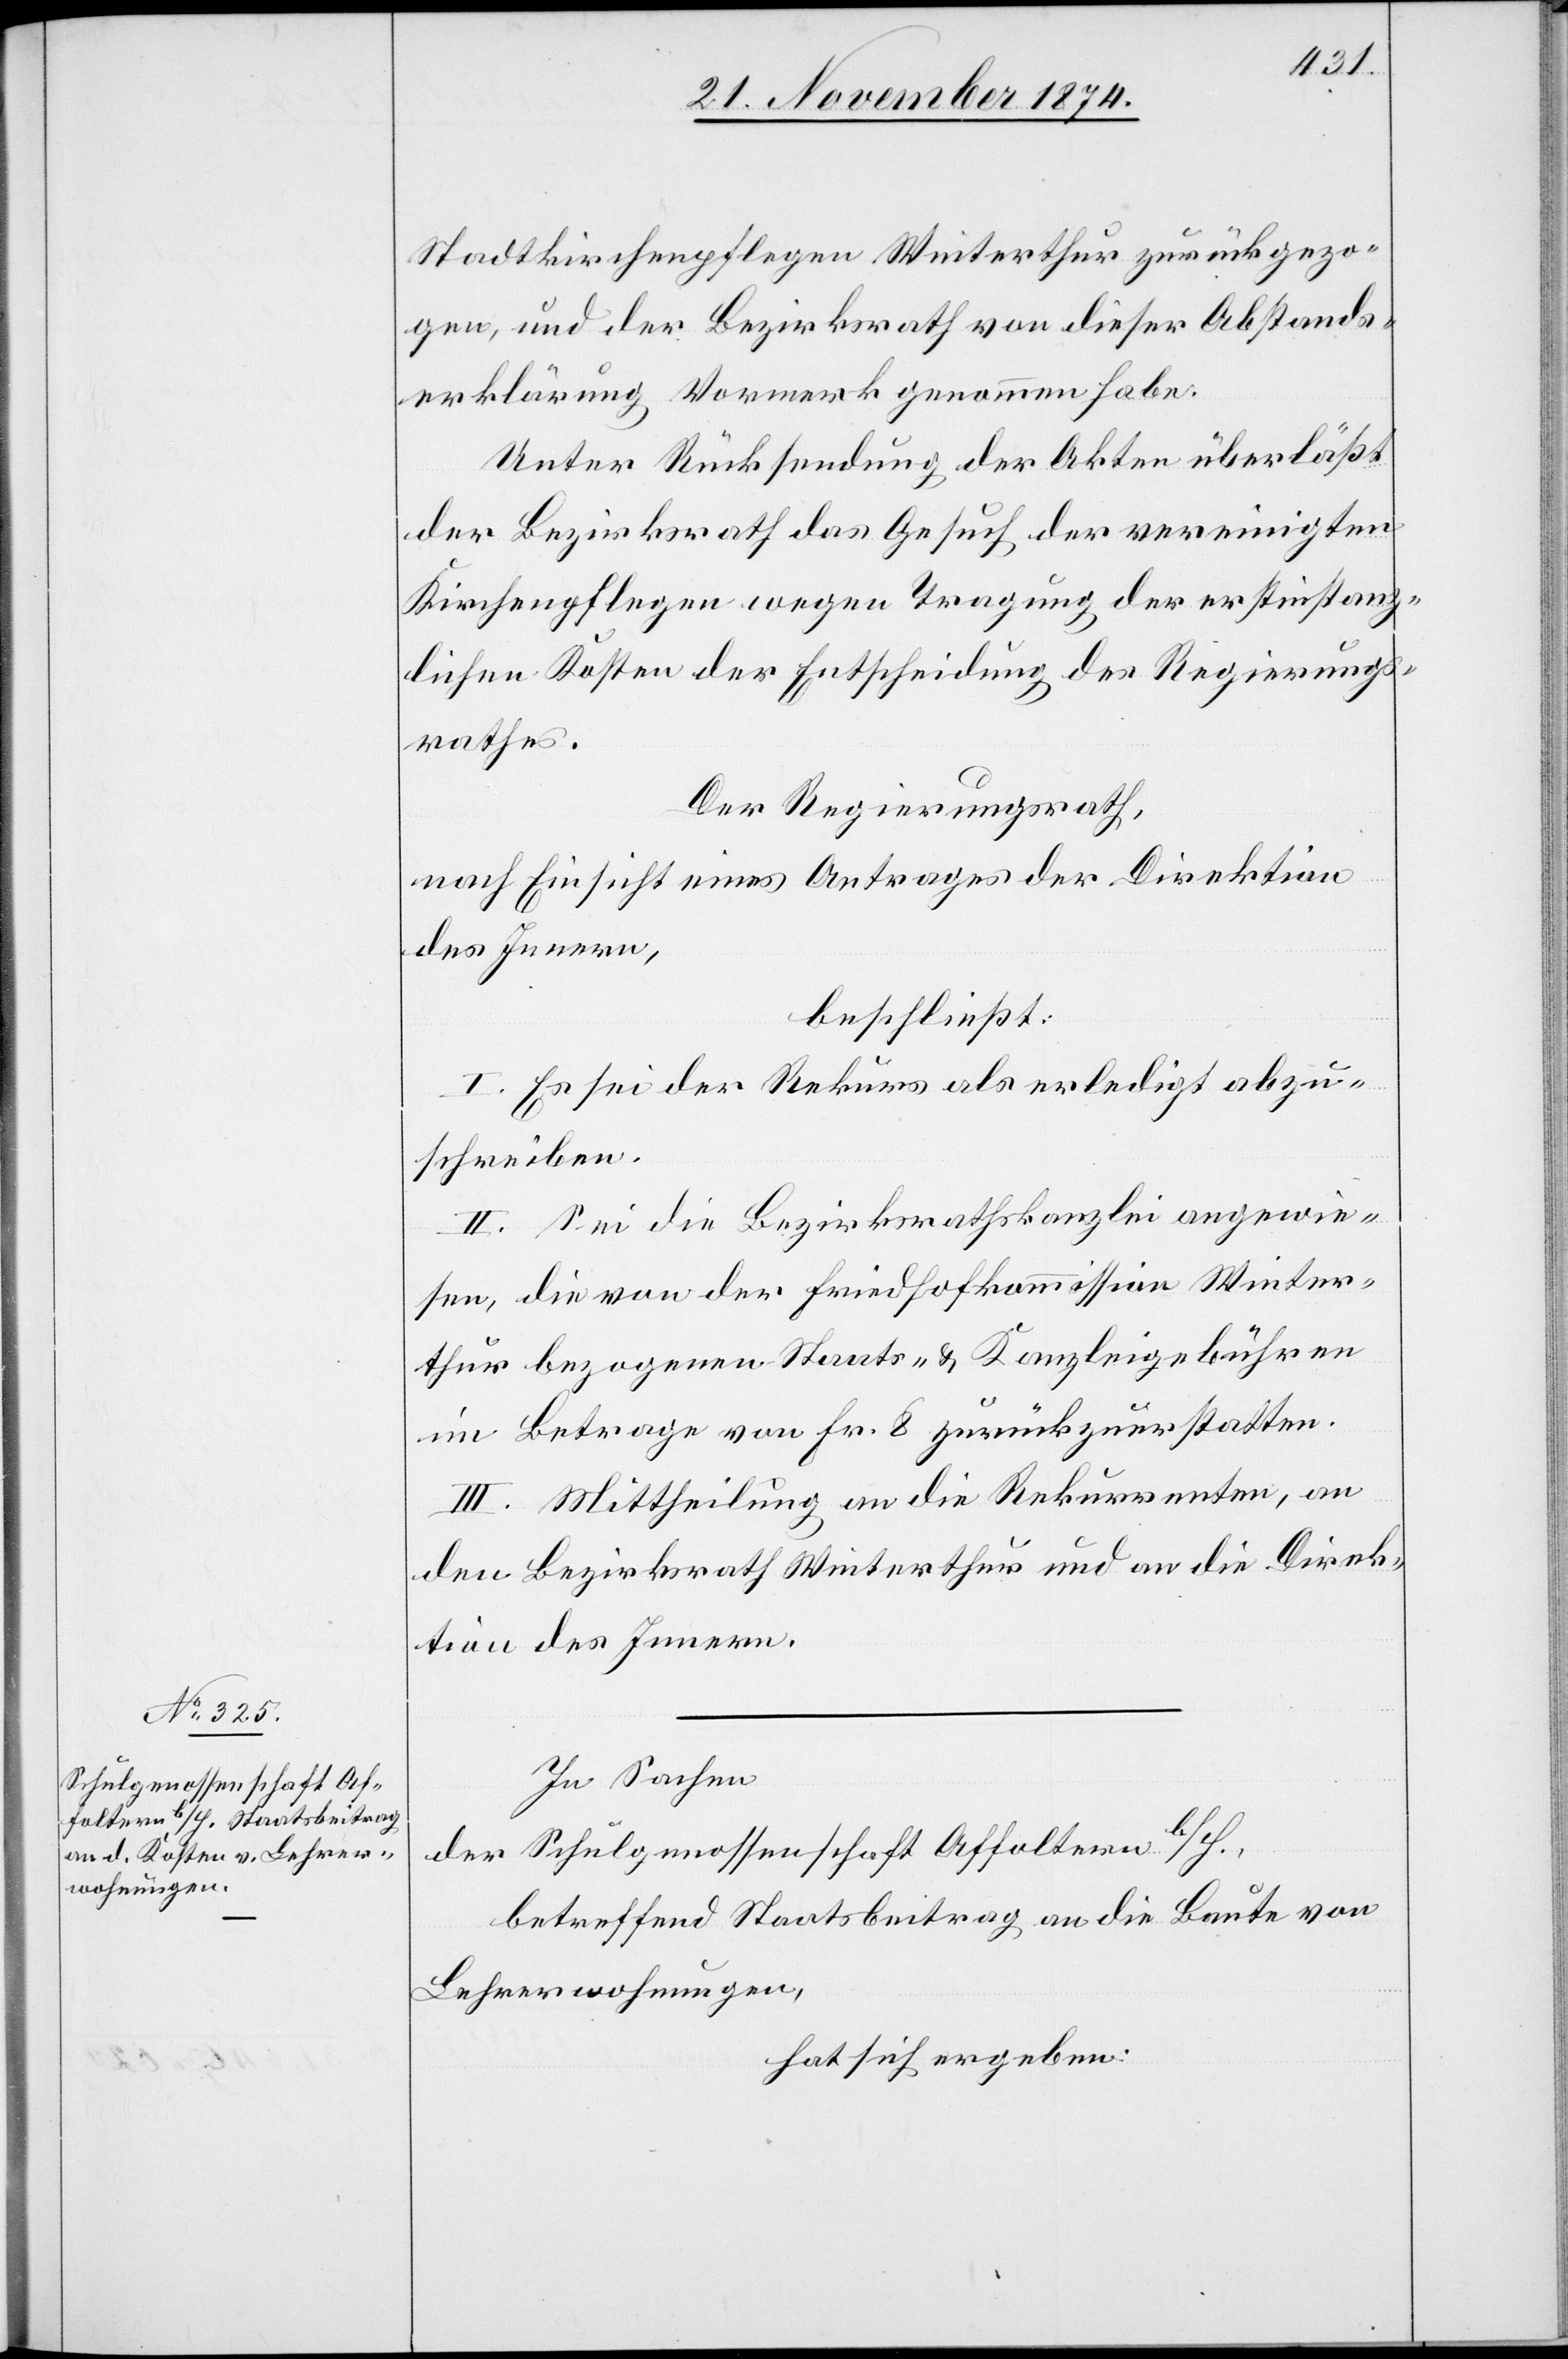
Stadtkirchenpflegen Winterthur zurückgezo¬
gen, und der Bezirksrath von dieser Abstands¬
erklärung Vormerk genommen habe.
Unter Rücksendung der Akten überläßt
der Bezirksrath das Gesuch der vereinigten
Kirchenpflegen wegen Tragung der erstinstanz¬
lichen Kosten der Entscheidung des Regierungs¬
rathes.
Der Regierungsrath,
nach Einsicht eines Antrages der Direktion
des Innern,
beschließt:
I. Es sei der Rekurs als erledigt abzu¬
schreiben.
II. Sei die Bezirksrathskanzlei angewie¬
sen, die von der Friedhofkommission Winter¬
thur bezogenen Staats- & Kanzleigebühren
im Betrage von Fr. 8 zurückzuerstatten.
III. Mittheilung an die Rekurrenten, an
den Bezirksrath Winterthur und an die Direk¬
tion des Innern.
In Sachen
der Schulgenossenschaft Affoltern b/H.,
betreffend Staatsbeitrag an die Baute von
Lehrerwohnungen,
hat sich ergeben: